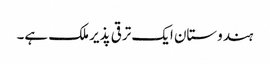
ہندوستان ایک ترقی پذیر ملک ہے۔